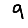
Digit: 9